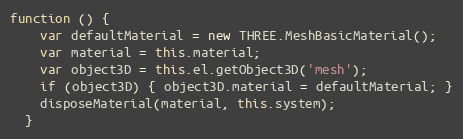
Language: JavaScript
function () {
    var defaultMaterial = new THREE.MeshBasicMaterial();
    var material = this.material;
    var object3D = this.el.getObject3D('mesh');
    if (object3D) { object3D.material = defaultMaterial; }
    disposeMaterial(material, this.system);
  }